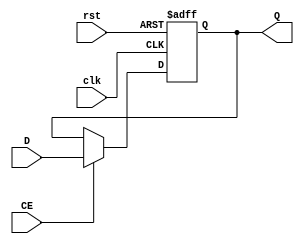
`timescale 1ns / 1ps
//////////////////////////////////////////////////////////////////////////////////
// Company: 
// Engineer: 
// 
// Design Name: 
// Module Name:    REG32 
// Project Name: 
// Target Devices: 
// Tool versions: 
// Description: 
//
// Dependencies: 
//
// Revision: 
// Revision 0.01 - File Created
// Additional Comments: 
//
//////////////////////////////////////////////////////////////////////////////////
module REG32(
   input clk,
	input rst,
	input CE,
	input [31:0] D,
	output reg [31:0] Q
    );
	 
	 always @(posedge clk or posedge rst)
	   if (rst == 1) Q <= 0;
		else if (CE == 1) Q <= D;

endmodule